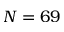
N = 6 9